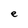
Character: e